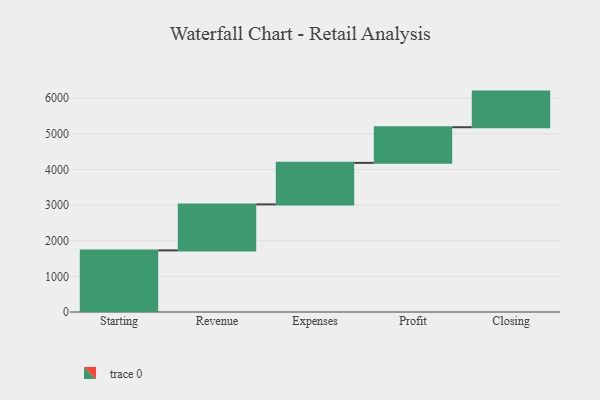
{"axis": {"x": "Step", "y": "Value"}, "legend": [""], "data": [{"x": "Starting", "y": 1729.0, "type": ""}, {"x": "Revenue", "y": 1291.0, "type": ""}, {"x": "Expenses", "y": 1165.0, "type": ""}, {"x": "Profit", "y": 1000, "type": ""}, {"x": "Closing", "y": 1000, "type": ""}]}